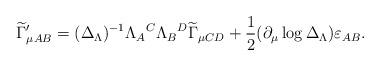
LaTeX: \begin{align*}\widetilde{\Gamma }_{\mu AB}^{\prime }{}=(\Delta _{{\small \Lambda }})^{-1}\Lambda _{A}{}^{C}\Lambda _{B}{}^{D}\widetilde{\Gamma }_{\mu CD}{}+\frac{1}{2}(\partial _{\mu }\log \Delta _{{\small \Lambda }})\varepsilon_{AB}{}. \end{align*}